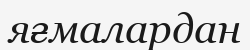
яғмалардан